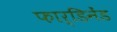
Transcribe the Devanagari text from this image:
फार्डिनेंड